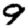
Digit: 9